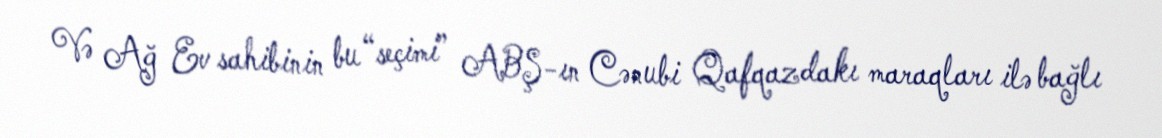
Və Ağ Ev sahibinin bu “seçimi” ABŞ-ın Cənubi Qafqazdakı maraqları ilə bağlı